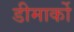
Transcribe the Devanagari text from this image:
डीमार्को